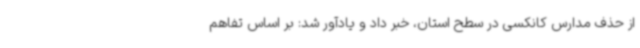
از حذف مدارس کانکسی در سطح استان، خبر داد و یادآور شد: بر اساس تفاهم